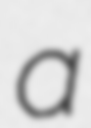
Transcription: a